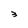
Character: 3